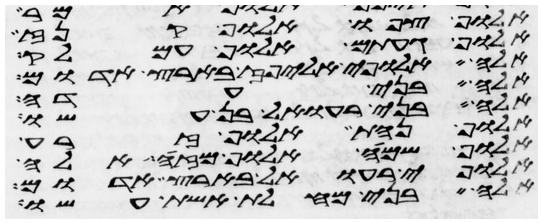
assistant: אלוף צפו אלוף קנז
אלוף געתם אלוף עמלק
אלה אלופי אליפז בארץ אדום
אלה בני עדה
ואלה בני רעואל בן עשו
אלוף נחת אלוף זרח
אלוף שמח אלוף מזה אלה
אלופי רעואל בארץ אדום
אלה בני מחלת אשת עשו